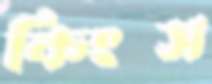
কিংস